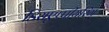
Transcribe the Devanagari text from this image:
डिसएप्पीयरिंग